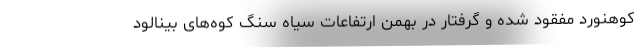
کوهنورد مفقود شده و گرفتار در بهمن ارتفاعات سیاه سنگ کوه‌های بینالود